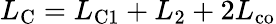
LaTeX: L_{\mathrm{C}}=L_{\mathrm{C1}}+L_{2}+2L_{\mathrm{co}}